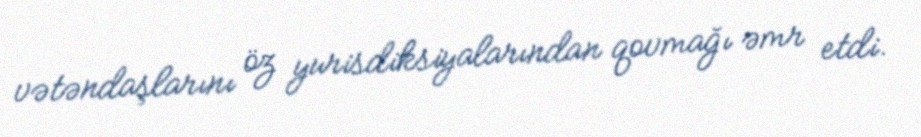
vətəndaşlarını öz yurisdiksiyalarından qovmağı əmr etdi.